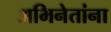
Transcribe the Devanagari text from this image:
अभिनेतांना